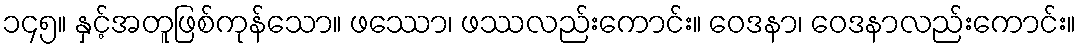
၁၄၅။ နှင့်အတူဖြစ်ကုန်သော။ ဖဿော၊ ဖဿလည်းကောင်း။ ဝေဒနာ၊ ဝေဒနာလည်းကောင်း။